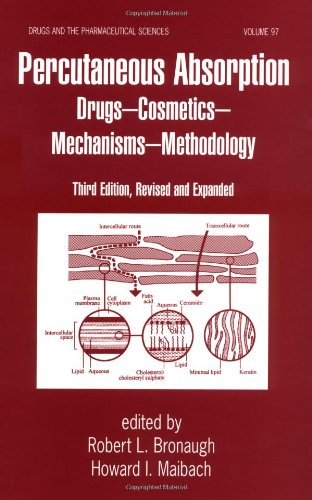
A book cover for Percutaneous Absorption: Drugs--Cosmetics--Mechanisms--Methodology: Drugs--Cosmetics--Mechanisms--Methodology, Third Edition, (Drugs and the Pharmaceutical Sciences); Medical Books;